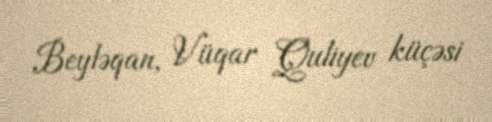
Beyləqan, Vüqar Quliyev küçəsi